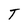
Character: T